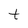
Character: t